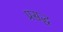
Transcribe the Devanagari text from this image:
प्रसद्ध